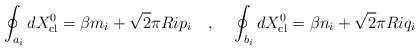
\begin{align*}\oint_{a_i}dX^0_{\rm cl}=\beta m_i+\sqrt{2}\pi Ri p_i~~~,~~~\oint_{b_i}dX^0_{\rm cl}=\beta n_i+\sqrt{2}\pi Ri q_i\end{align*}